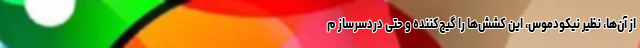
از آن‌ها، نظیر نیکودموس، این کشش‌ها را گیج‌کننده و حتی دردسرساز م